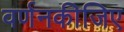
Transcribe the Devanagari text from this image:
वर्णनकीजिए